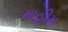
માહીમ